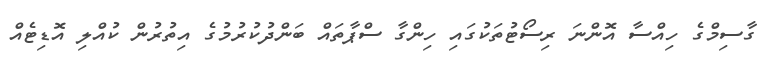
ގާސިމްގެ ހިއްސާ އޮންނަ ރިސޯޓުތަކުގައި ހިންގާ ސްޕާތައް ބަންދުކުރުމުގެ އިތުރުން ކުއްލި އޮޑިޓެއް